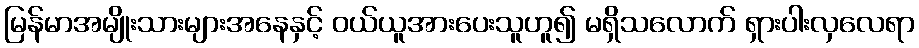
မြန်မာအမျိုးသားများအနေနှင့် ဝယ်ယူအားပေးသူဟူ၍ မရှိသလောက် ရှားပါးလှလေရာ